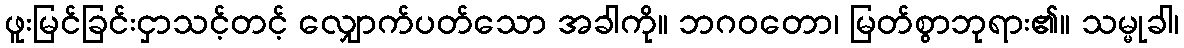
ဖူးမြင်ခြင်းငှာသင့်တင့် လျှောက်ပတ်သော အခါကို။ ဘဂဝတော၊ မြတ်စွာဘုရား၏။ သမ္မုခါ၊